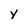
Character: y